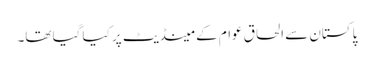
پاکستان سے الحاق عوام کے مینڈیٹ پر کیا گیا تھا۔